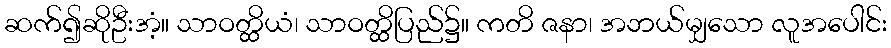
ဆက်၍ဆိုဦးအံ့။ သာဝတ္ထိယံ၊ သာဝတ္ထိပြည်၌။ ကတိ ဇနာ၊ အဘယ်မျှသော လူအပေါင်း